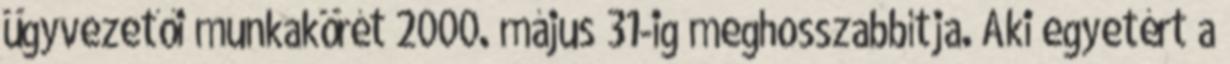
ügyvezetői munkakörét 2000. május 31-ig meghosszabbítja. Aki egyetért a